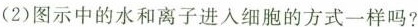
（2）图示中的水和离子进入细胞的方式一样吗？